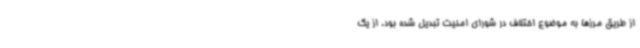
از طریق مرزها به موضوع اختلاف در شورای امنیت تبدیل شده بود. از یک